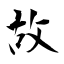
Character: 故